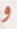
و